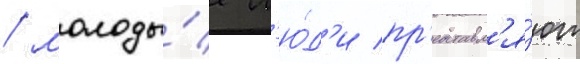
/ молоды́е л'ю́д'и пр'едставл'я́ют